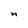
Character: n